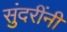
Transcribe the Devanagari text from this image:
सुंदरींनी